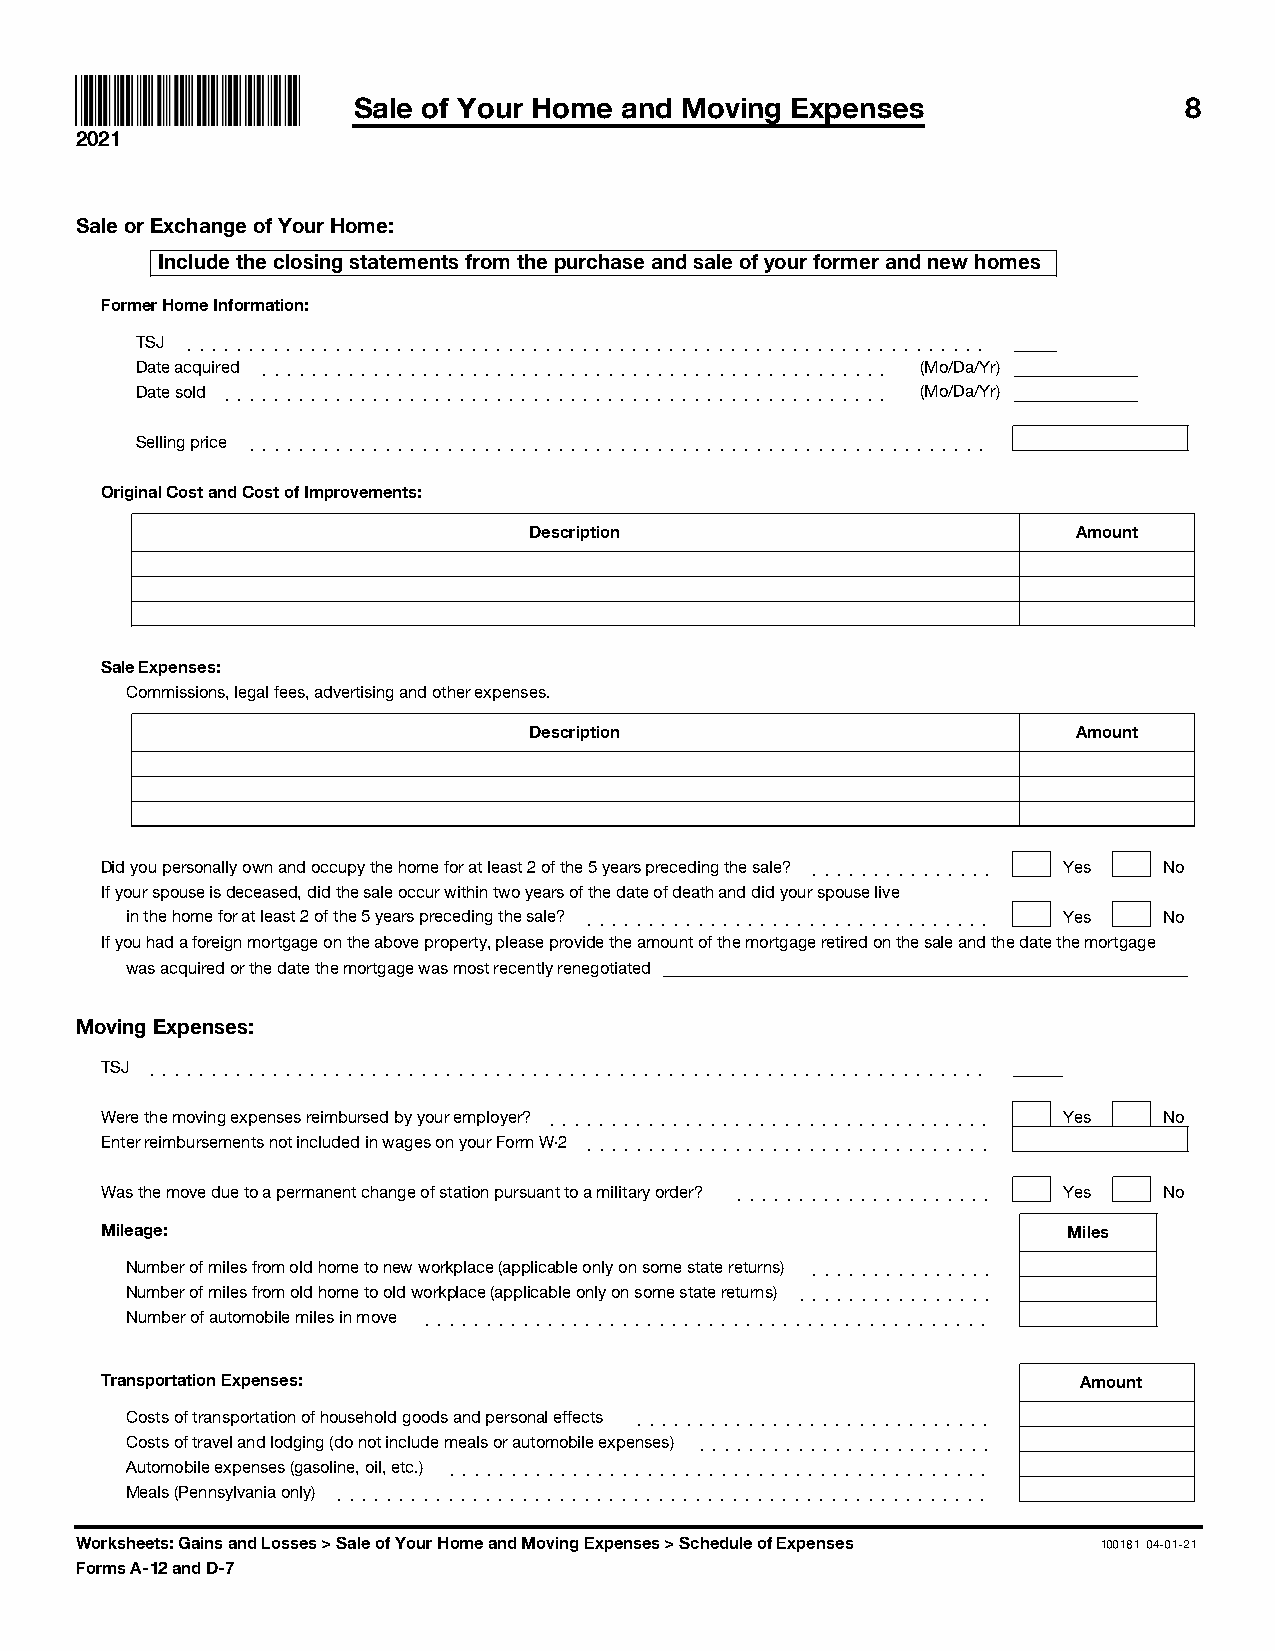
Sale of Your Home and Moving Expenses                  8
 2021
 Sale or Exchange of Your Home:
 Include the closing statements from the purchase and sale of your former and new homes
 Former Home Information:
 TSJ ]]]]]]]]]]]]]]]]]]]]]]]]]]]]]]]]]]]]]]]]]]]]]]]]]]]]]]]]]]]]]]]]]
 Date acquired ]]]]]]]]]]]]]]]]]]]]]]]]]]]]]]]]]]]]]]]]]]]]]]]]]]] (Mo/Da/Yr)
 Date sold ]]]]]]]]]]]]]]]]]]]]]]]]]]]]]]]]]]]]]]]]]]]]]]]]]]]]]] (Mo/Da/Yr)
 Selling price ]]]]]]]]]]]]]]]]]]]]]]]]]]]]]]]]]]]]]]]]]]]]]]]]]]]]]]]]]]]]
 Original Cost and Cost of Improvements:
 Description                         Amount
 Sale Expenses:
 Commissions, legal fees, advertising and other expenses.
 Description                         Amount
 Did you personally own and occupy the home for at least 2 of the 5 years preceding the sale? ]]]]]]]]]]]]]]] Yes No
 If your spouse is deceased, did the sale occur within two years of the date of death and did your spouse live
 in the home for at least 2 of the 5 years preceding the sale? ]]]]]]]]]]]]]]]]]]]]]]]]]]]]]]]]] Yes No
 If you had a foreign mortgage on the above property, please provide the amount of the mortgage retired on the sale and the date the mortgage
 was acquired or the date the mortgage was most recently renegotiated
 Moving Expenses:
 TSJ ]]]]]]]]]]]]]]]]]]]]]]]]]]]]]]]]]]]]]]]]]]]]]]]]]]]]]]]]]]]]]]]]]]]]
 Were the moving expenses reimbursed by your employer? ]]]]]]]]]]]]]]]]]]]]]]]]]]]]]]]]]]]] Yes No
 Enter reimbursements not included in wages on your Form W-2 ]]]]]]]]]]]]]]]]]]]]]]]]]]]]]]]]]
 Was the move due to a permanent change of station pursuant to a military order? ]]]]]]]]]]]]]]]]]]]]] Yes No
 Mileage:                                                        Miles
 Number of miles from old home to new workplace (applicable only on some state returns) ]]]]]]]]]]]]]]]
 Number of miles from old home to old workplace (applicable only on some state returns) ]]]]]]]]]]]]]]]]
 Number of automobile miles in move ]]]]]]]]]]]]]]]]]]]]]]]]]]]]]]]]]]]]]]]]]]]]]]
 Transportation Expenses:                                        Amount
 Costs of transportation of household goods and personal effects ]]]]]]]]]]]]]]]]]]]]]]]]]]]]]
 Costs of travel and lodging (do not include meals or automobile expenses) ]]]]]]]]]]]]]]]]]]]]]]]]
 Automobile expenses (gasoline, oil, etc.) ]]]]]]]]]]]]]]]]]]]]]]]]]]]]]]]]]]]]]]]]]]]]
 Meals (Pennsylvania only) ]]]]]]]]]]]]]]]]]]]]]]]]]]]]]]]]]]]]]]]]]]]]]]]]]]]]]
 Worksheets: Gains and Losses > Sale of Your Home and Moving Expenses > Schedule of Expenses 100181 04-01-21
 Forms A-12 and D-7